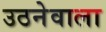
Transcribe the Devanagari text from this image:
उठनेवाला